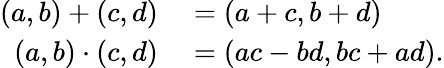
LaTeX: \begin{array}{rl}{(a,b)+(c,d)}&{{}=(a+c,b+d)}\\ {(a,b)\cdot(c,d)}&{{}=(ac-bd,bc+ad).}\end{array}